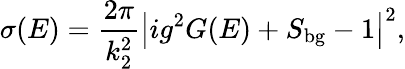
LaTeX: \sigma(E)=\frac{2\pi}{k_{2}^{2}}\left\vert ig^{2}G(E)+S_{\mathrm{bg}}-1\right\vert^{2},